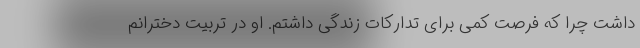
داشت چرا که فرصت کمی برای تدارکات زندگی داشتم. او در تربیت دخترانم